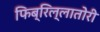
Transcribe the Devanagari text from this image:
फिब्रिल्लातोरी